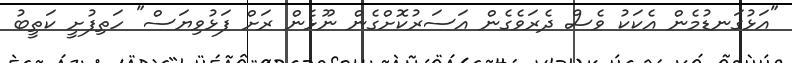
"އަޅުގަނޑުމެން އެކަކު ވެސް ދެރަވެގެން އަސަރުކޮށްގެން ނޫޅެން ރަށް ފަޅުވިޔަސް" ހަތިފުށީ ކަތީބު